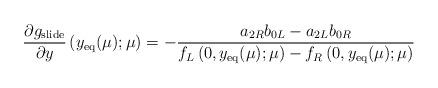
LaTeX: \begin{align*}\frac{\partial g_{\rm slide}}{\partial y} \left( y_{\rm eq}(\mu); \mu \right)= -\frac{a_{2R} b_{0L} - a_{2L} b_{0R}}{f_L \left( 0, y_{\rm eq}(\mu); \mu \right) - f_R \left( 0, y_{\rm eq}(\mu); \mu \right)}\end{align*}